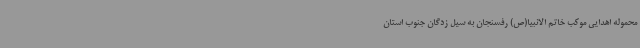
محموله اهدایی موکب خاتم الانبیا(ص) رفسنجان به سیل زدگان جنوب استان